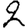
Digit: 2